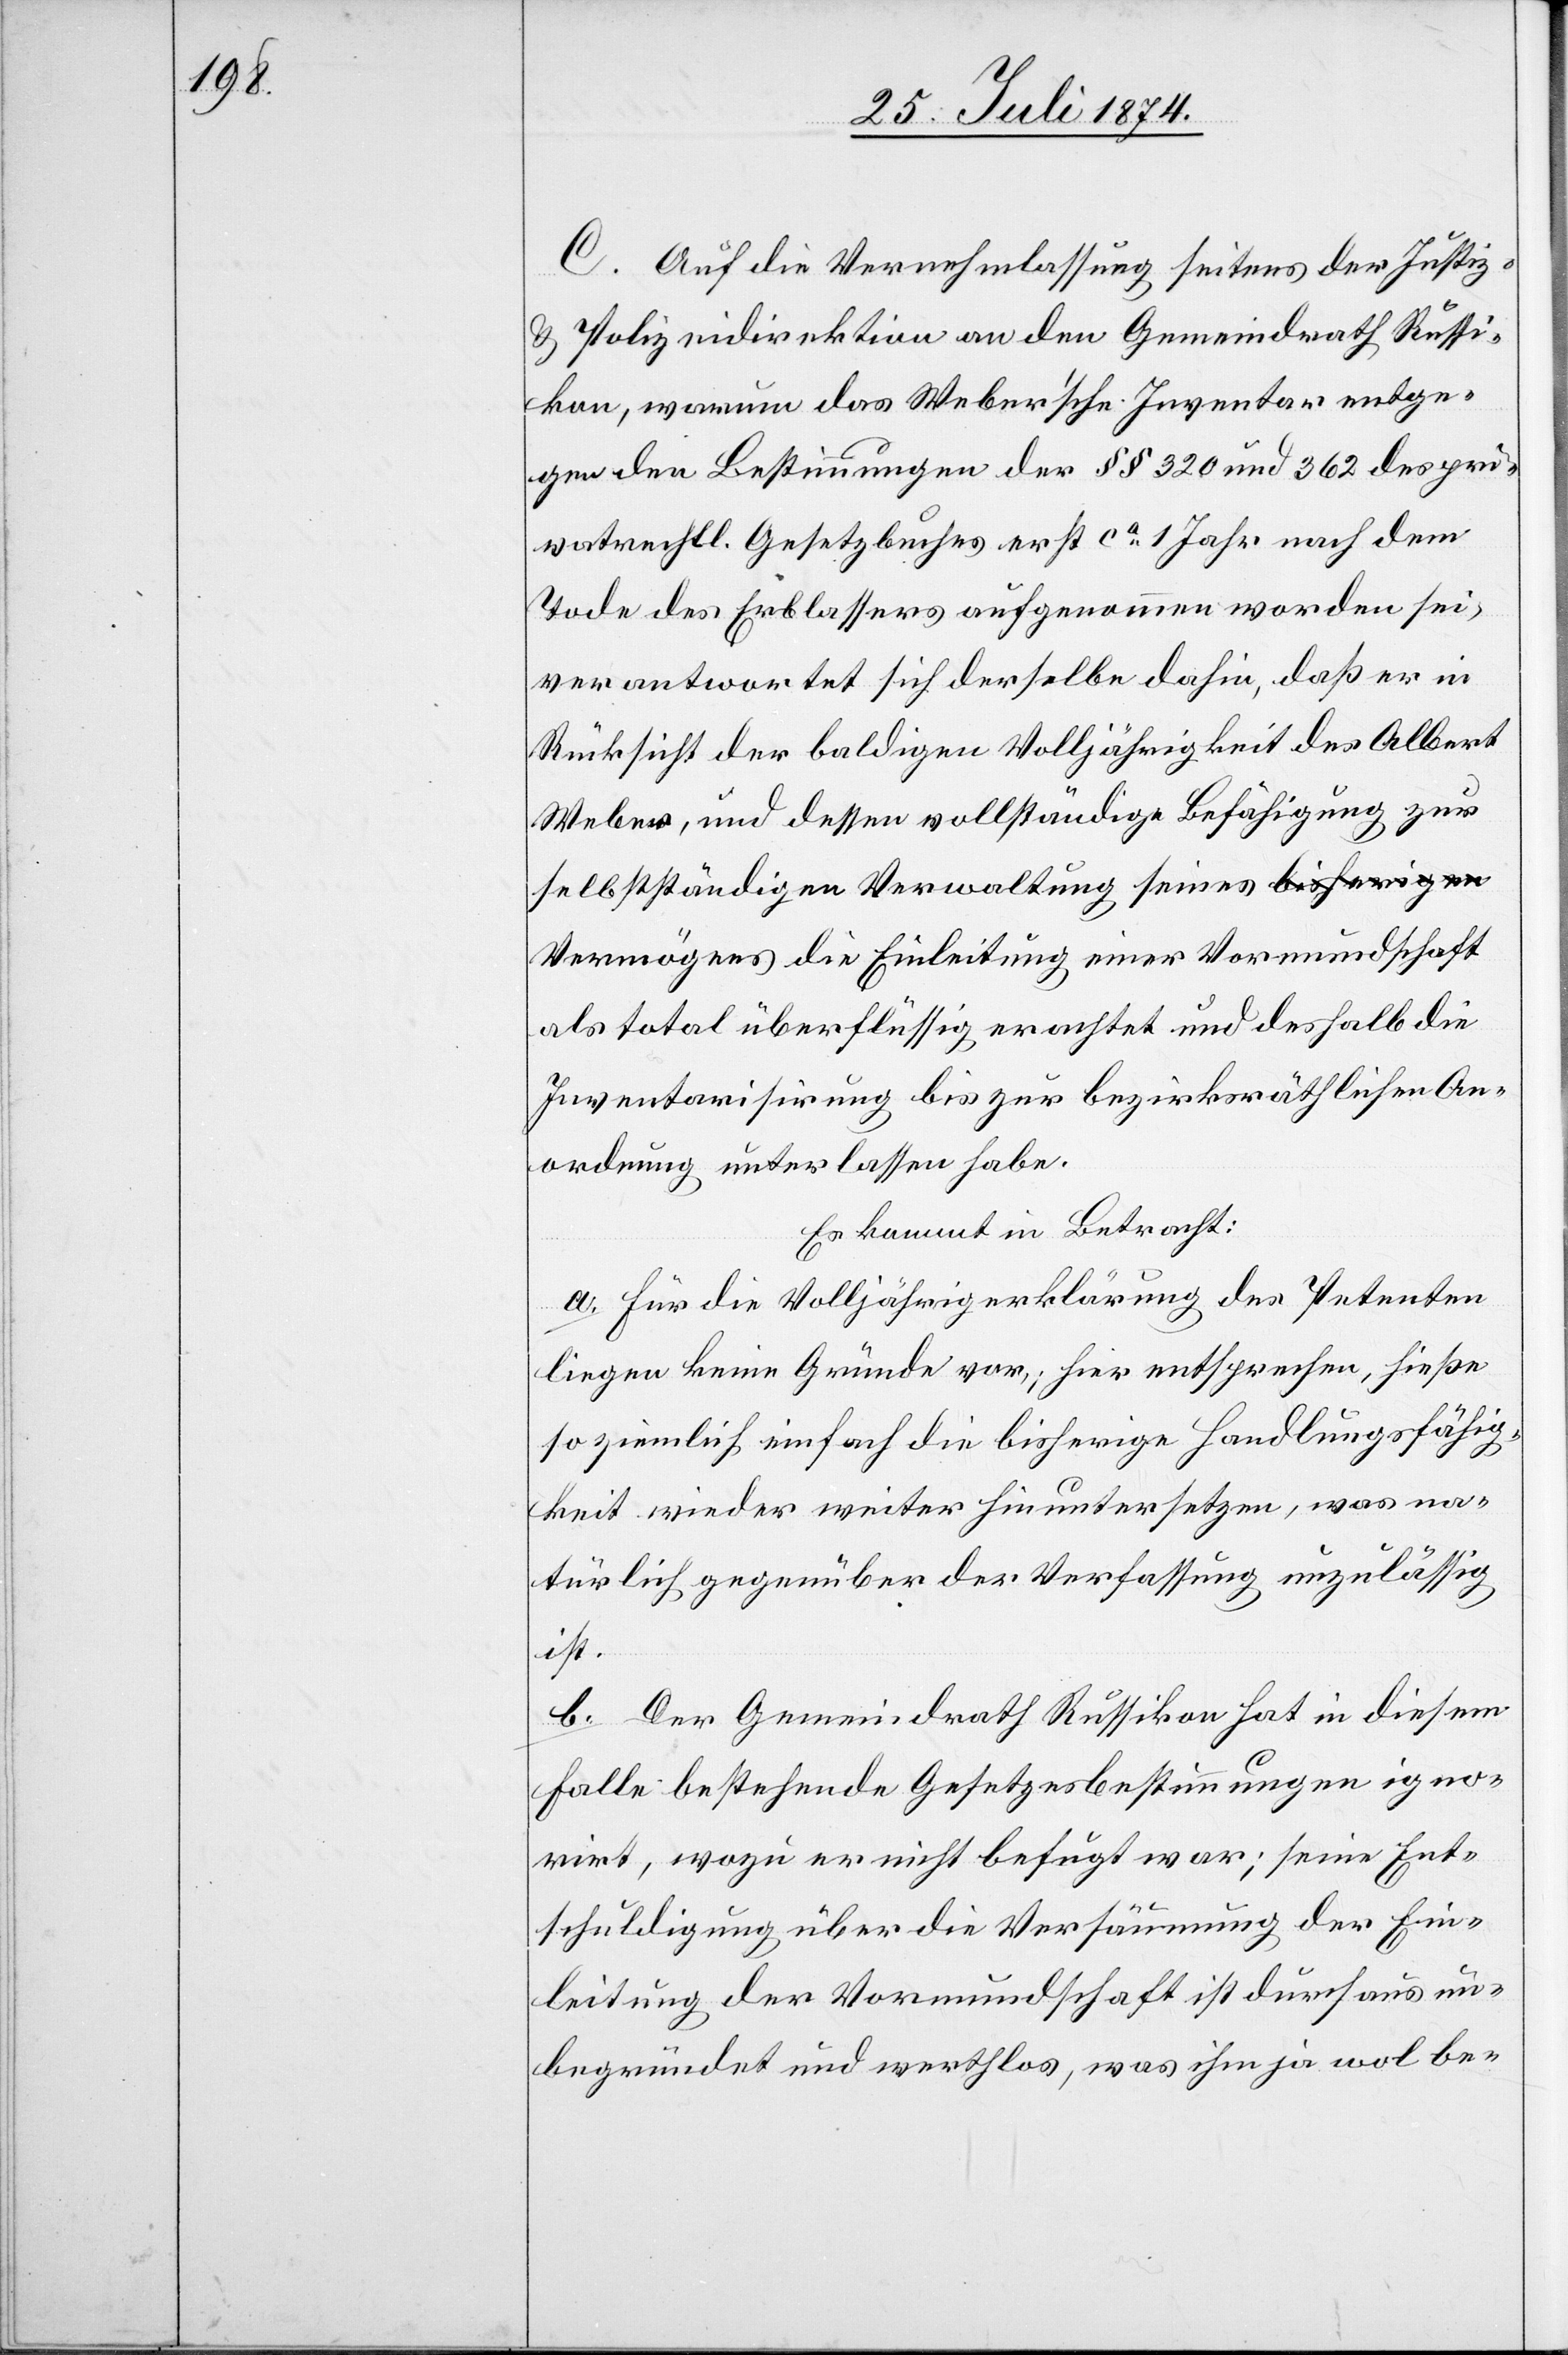
C. Auf die Vernehmlassung seitens der Justiz-
u. Polizeidirektion an den Gemeindrath Russi¬
kon, warum das Weber’sche Inventar entge¬
gen der Bestimmungen der §§ 320 und 362 des pri¬
vatrechtl. Gesetzbuches erst ca 1 Jahr nach dem
Tode des Erblassers aufgenommen worden sei,
verantwortet sich derselbe dahin, daß er in
Rücksicht der baldigen Volljährigkeit des Albert
Weber, und dessen vollständige Befähigung zur
selbstständigen Verwaltung seines Vermögens
als total überflüssig erachtet und deshalb die
Inventarisirung bis zur bezirksräthlichen An¬
ordnung unterlassen habe.
Es kommt in Betracht:
a. Für die Volljährigkeiterklärung des Petenten
liegen keine Gründe vor; hier entsprechen, hieße
so ziemlich einfach die bisherige Handlungsfähig¬
keit wieder weiter hinuntersetzen, was na¬
türlich gegenüber der Verfassung unzulässig
ist.
b. Der Gemeindrath Russikon hat in diesem
Falle bestehende Gesetzesbestimmungen igno¬
rirt, wozu er nicht befugt war; seine Ent¬
schuldigung über die Versäumung der Ein¬
leitung der Vormundschaft ist durchaus un¬
begründet und werthlos, was ihm ja wol be-